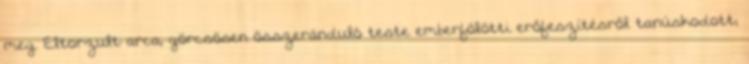
meg. Eltorzult arca, görcsösen összeránduló teste emberfölötti erőfeszítésről tanúskodott;